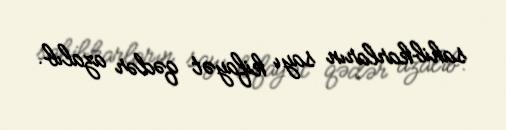
sahibkarların sayı kifayət qədər azalıb.